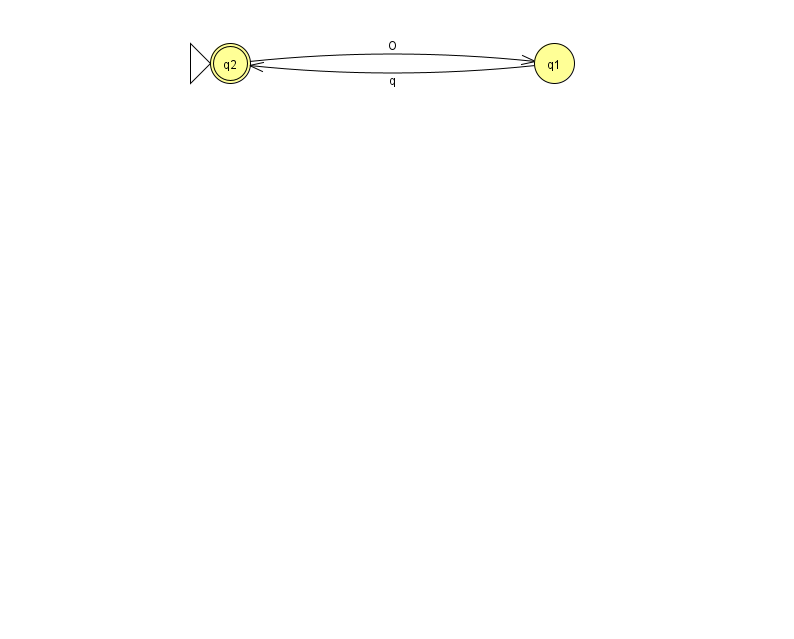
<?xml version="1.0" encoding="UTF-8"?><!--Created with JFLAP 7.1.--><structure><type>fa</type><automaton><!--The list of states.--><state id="1" name="q1"><x>554.0</x><y>50.0</y></state><state id="2" name="q2"><x>230.0</x><y>50.0</y><initial/><final/></state><!--The list of transitions.--><transition><from>2</from><to>1</to><read>O</read></transition><transition><from>1</from><to>2</to><read>q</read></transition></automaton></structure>